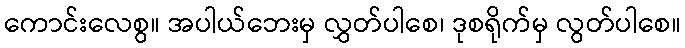
ကောင်းလေစွ။ အပါယ်ဘေးမှ လွှတ်ပါစေ၊ ဒုစရိုက်မှ လွတ်ပါစေ။